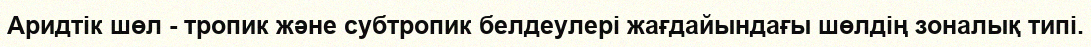
Аридтік шөл - тропик және субтропик белдеулері жағдайындағы шөлдің зоналық типі.